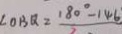
\angle O B Q = \frac { 1 8 0 ^ { \circ } - 1 4 6 } { 2 }